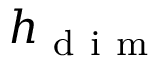
h _ { \mathrm { ~ d ~ i ~ m ~ } }